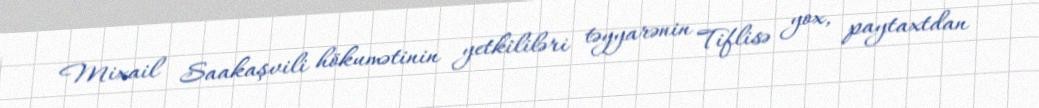
Mixail Saakaşvili hökumətinin yetkililəri təyyarənin Tiflisə yox, paytaxtdan